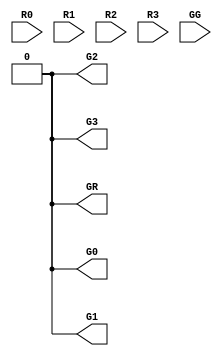
module Arbiter (
    //child side
    input R0,
    input R1,
    input R2,
    input R3,

    output reg G0,
    output reg G1,
    output reg G2,
    output reg G3,

    //parent side
    input GG, //group grant
    output reg GR //group request
);

initial begin
    G0 <= 0;
    G1 <= 0;
    G2 <= 0;
    G3 <= 0;
    GR <= 0;
end

assign GR = R0 | R1 | R2 | R3;
assign G0 = GG & R0;
assign G1 = GG & !R0 & R1;
assign G2 = GG & !R0 & !R1 & R2;
assign G3 = GG & !R0 & !R1 & !R2 & R3;

endmodule